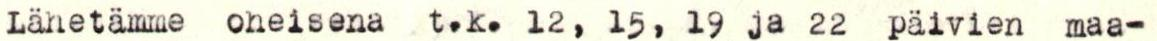
Lähetämme oheisena t.k. 12, 15, 19 ja 22 päivien maa-